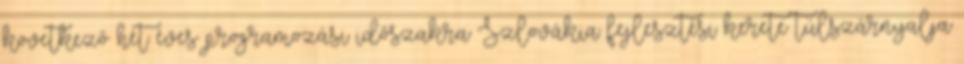
következő hét éves programozási időszakra Szlovákia fejlesztési kerete túlszárnyalja